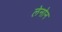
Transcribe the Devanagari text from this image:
लेनोन